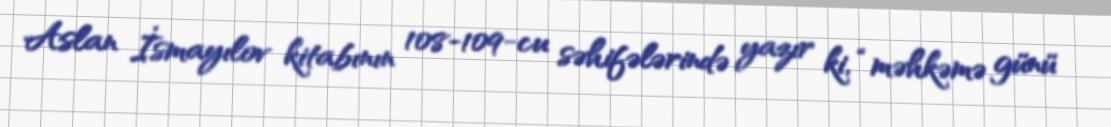
Aslan İsmayılov kitabının 108-109-cu səhifələrində yazır ki, “məhkəmə günü